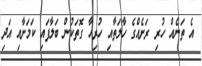
އެ ތަނެއް ހުރި ރަށެއްގެ ހާލަތާއި ހުރިހާ ގޮތަކުން ބަލާފައި ކަމަށާއި އަދި